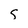
Character: s